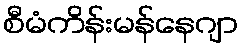
စီမံကိန်းမန်နေဂျာ